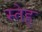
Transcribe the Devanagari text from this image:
स्तेह